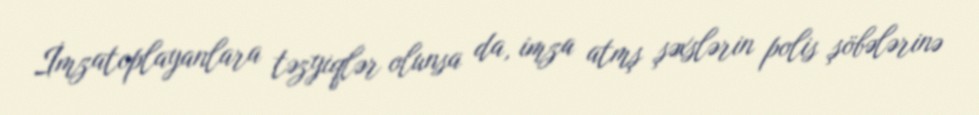
İmzatoplayanlara təzyiqlər olunsa da, imza atmş şəxslərin polis şöbələrinə